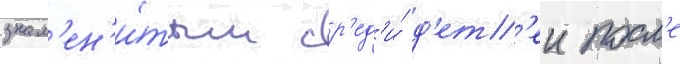
знам'ен'и́тым ср'ед'и́ д'ет'еи посл'е